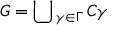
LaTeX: G = \bigcup { } _ { \gamma \in \Gamma } \, C \gamma